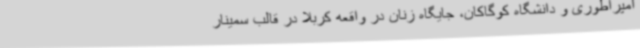
امپراطوری و دانشگاه کوگاکان، جایگاه زنان در واقعه کربلا در قالب سمینار